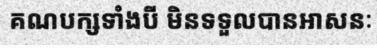
គណបក្សទាំងបី មិនទទួលបានអាសនៈ